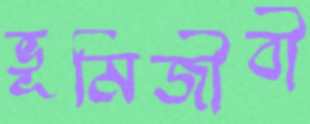
ভূমিজীবী